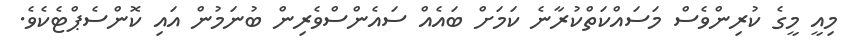
މިއީ މީގެ ކުރިންވެސް މަސައްކަތްކުރާނެ ކަމަށް ބައެއް ސައެންސްވެރިން ބުނަމުން އައި ކޮންސެޕްޓެކެވެ.